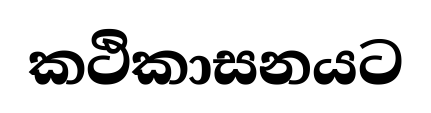
කථිකාසනයට